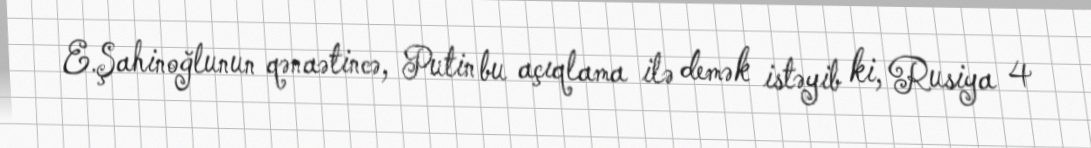
E.Şahinoğlunun qənaətincə, Putin bu açıqlama ilə demək istəyib ki, Rusiya 4